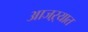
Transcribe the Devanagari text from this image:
आजऱ्यात